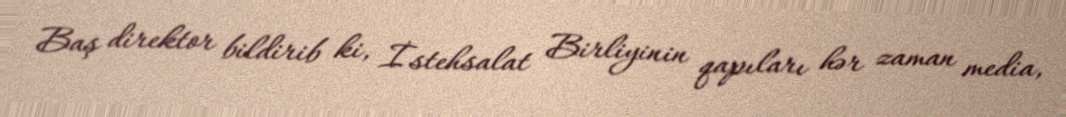
Baş direktor bildirib ki, İstehsalat Birliyinin qapıları hər zaman media,